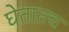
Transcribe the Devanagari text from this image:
घेतातच